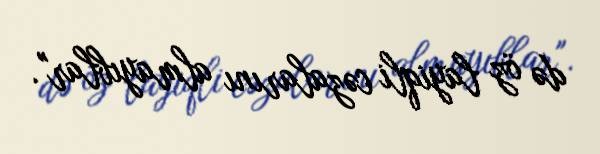
də öz layiqli cəzalarını almayıblar".